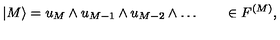
| M \rangle = u _ { M } \wedge u _ { M - 1 } \wedge u _ { M - 2 } \wedge \ldots \qquad \in F ^ { ( M ) } ,